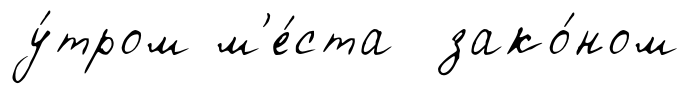
у́тром м'е́ста зако́ном